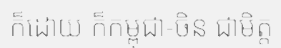
ក៏ដោយ ក៏កម្ពុជា-ចិន ជាមិត្ត